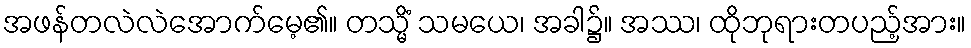
အဖန်တလဲလဲအောက်မေ့၏။ တသ္မိံ သမယေ၊ အခါ၌။ အဿ၊ ထိုဘုရားတပည့်အား။